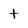
Character: t